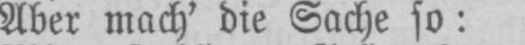
Aber mach’ die Sache so: